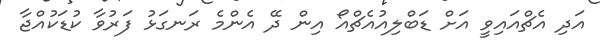
އަދި އެޗްއައިވީ އަށް ޑަބްލިއުއެޗްއޯ އިން ދޭ އެންމެ ރަނގަޅު ފަރުވާ ކުޑަކުއްޖާ